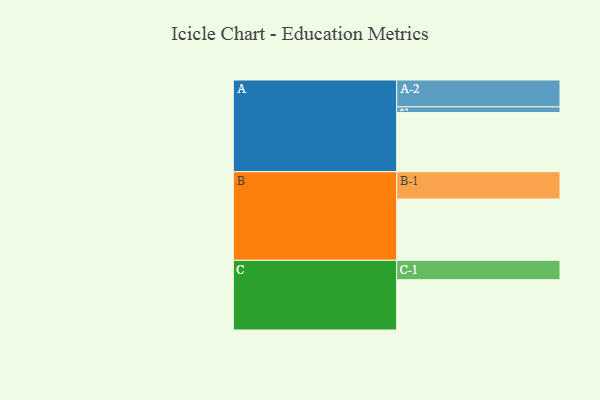
{"axis": {"x": "Segment", "y": "Value"}, "legend": ["", "A", "B", "C"], "data": [{"x": "A", "y": 567, "type": ""}, {"x": "B", "y": 587, "type": ""}, {"x": "C", "y": 482, "type": ""}, {"x": "A-1", "y": 55, "type": "A"}, {"x": "A-2", "y": 257, "type": "A"}, {"x": "B-1", "y": 262, "type": "B"}, {"x": "C-1", "y": 186, "type": "C"}]}